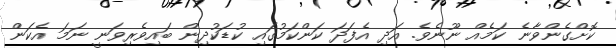
ކޮށްގެންވާނެ ކަމެއް ނޫނެވެ. އަދި އެފަދަ ކަންކަމުގައި ކުޑަކުދިން ބައިވެރިވަނީ ނަމަ އެކަން